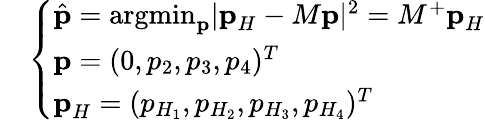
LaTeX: \begin{array}{rl}&{\left\{ \begin{array}{l}{\hat{\textbf{p}}=\textrm{argmin}_{\textbf{p}}|\textbf{p}_{H}-M\textbf{p}|^{2}=M^{+}\textbf{p}_{H}}\\ {\textbf{p}=(0,p_{2},p_{3},p_{4})^{T}}\\ {\textbf{p}_{H}=(p_{H_{1}},p_{H_{2}},p_{H_{3}},p_{H_{4}})^{T}}\end{array}\right.}\end{array}